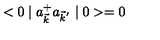
< 0 \mid a _ { \vec { k } } ^ { + } a _ { { \vec { k } } ^ { ' } } \mid 0 > = 0